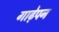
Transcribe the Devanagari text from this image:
गाढे़पन